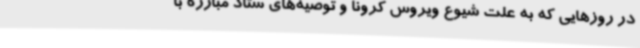
در روزهایی که به علت شیوع ویروس کرونا و توصیه‌های ستاد مبارزه با